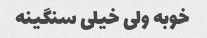
خوبه ولی خیلی سنگینه